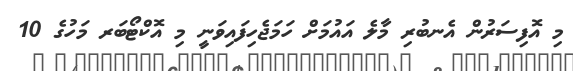
މި އޮފިސަރުން އެނބުރި މާލެ އައުމަށް ހަމަޖެހިފައިވަނީ މި އޮކްޓޯބަރ މަހުގެ 10